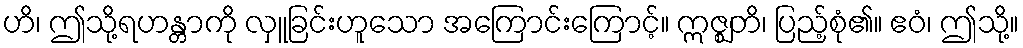
ဟိ၊ ဤသို့ရဟန္တာကို လှူခြင်းဟူသော အကြောင်းကြောင့်။ ဣဇ္ဈတိ၊ ပြည့်စုံ၏။ ဧဝံ၊ ဤသို့။